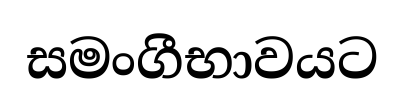
සමංගීභාවයට